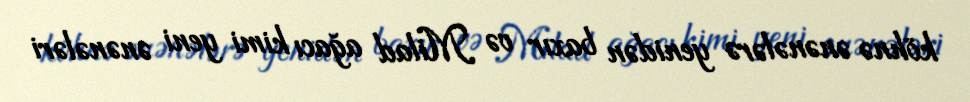
köhnə ənənələrə yenidən baxır və Milad ağacı kimi yeni ənənələri